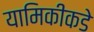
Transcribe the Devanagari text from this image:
यामिकीकडे